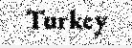
Turkey